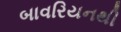
બાવરિયનથી